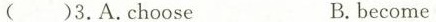
( )3.A.Choose B.become